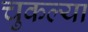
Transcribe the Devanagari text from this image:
चुकल्या